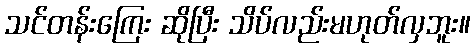
သင်တန်းကြေး ဆိုပြီး သိပ်လည်းမဟုတ်လှဘူး။